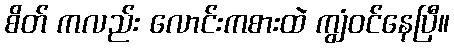
စိတ် ကလည်း လောင်းကစားထဲ ကျွံဝင်နေပြီ။